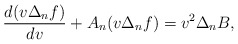
\begin{align*} \frac{d(v\Delta_nf)}{dv}+A_n(v\Delta_nf)=v^2\Delta_nB,\end{align*}